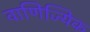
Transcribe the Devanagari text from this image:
वाणिज्यिक